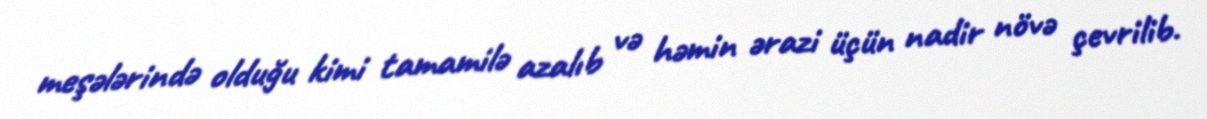
meşələrində olduğu kimi tamamilə azalıb və həmin ərazi üçün nadir növə çevrilib.